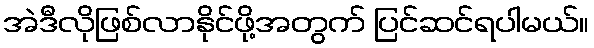
အဲဒီလိုဖြစ်လာနိုင်ဖို့အတွက် ပြင်ဆင်ရပါမယ်။